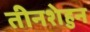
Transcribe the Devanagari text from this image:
तीनशेहुन